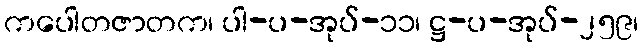
ကပေါတဇာတက၊ ပါ-ပ-အုပ်-၁၁၊ ဋ္ဌ-ပ-အုပ်-၂၅၉၊